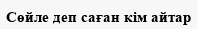
Сөйле деп саған кім айтар